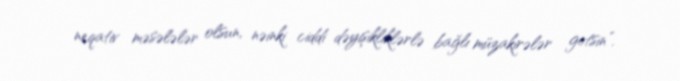
neqativ məsələlər olsun, nəinki ciddi dəyişikliklərlə bağlı müzakirələr getsin”.